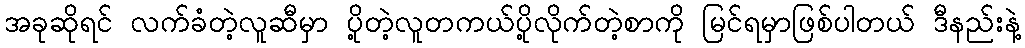
အခုဆိုရင် လက်ခံတဲ့လူဆီမှာ ပို့တဲ့လူတကယ်ပို့လိုက်တဲ့စာကို မြင်ရမှာဖြစ်ပါတယ် ဒီနည်းနဲ့